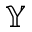
\mathbb { Y }